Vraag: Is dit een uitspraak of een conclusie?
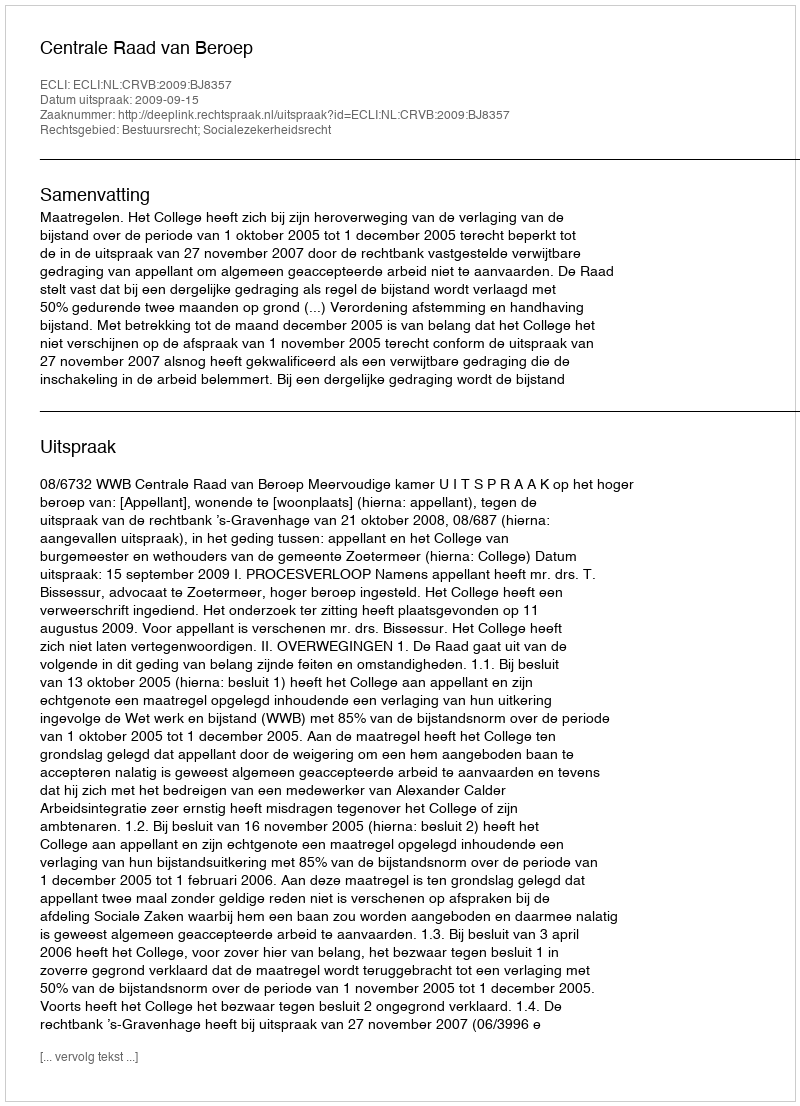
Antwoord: Uitspraak